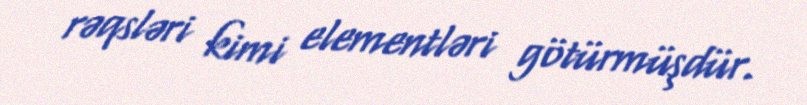
rəqsləri kimi elementləri götürmüşdür.